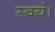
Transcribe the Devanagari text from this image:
स्वयं।